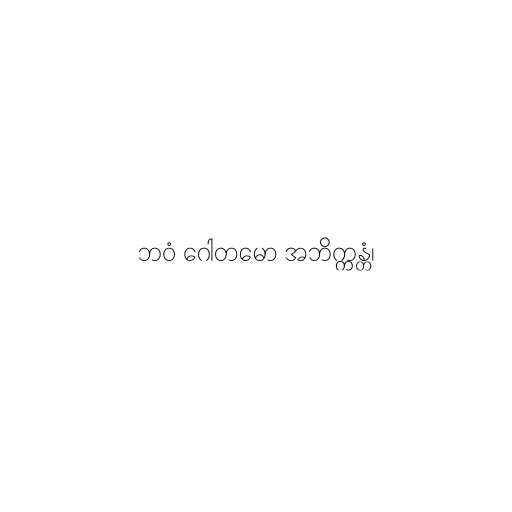
ဘဝံ ဂေါတမော အဘိက္ကန္တံ၊